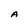
Character: A